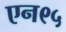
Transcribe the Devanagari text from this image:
एन९५